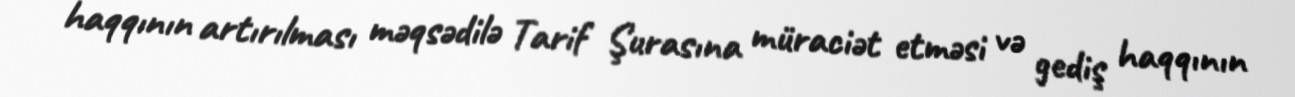
haqqının artırılması məqsədilə Tarif Şurasına müraciət etməsi və gediş haqqının